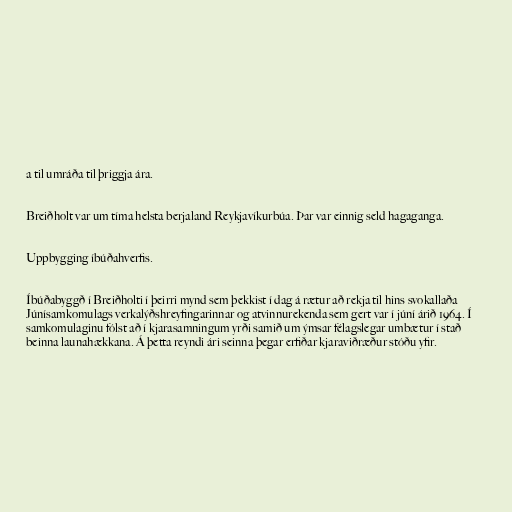
a til umráða til þriggja ára.

Breiðholt var um tíma helsta berjaland Reykjavíkurbúa. Þar var einnig seld hagaganga.

Uppbygging íbúðahverfis.

Íbúðabyggð í Breiðholti í þeirri mynd sem þekkist í dag á rætur að rekja til hins svokallaða
Júnísamkomulags verkalýðshreyfingarinnar og atvinnurekenda sem gert var í júní árið 1964. Í
samkomulaginu fólst að í kjarasamningum yrði samið um ýmsar félagslegar umbætur í stað
beinna launahækkana. Á þetta reyndi ári seinna þegar erfiðar kjaraviðræður stóðu yfir.